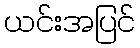
ယင်းအပြင်